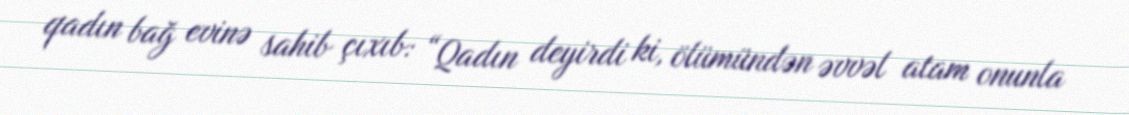
qadın bağ evinə sahib çıxıb: “Qadın deyirdi ki, ölümündən əvvəl atam onunla